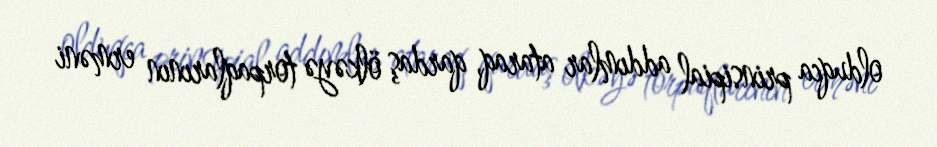
olduqca prinsipial addımlar ataraq, qardaş ölkəyə torpaqlarının erməni